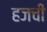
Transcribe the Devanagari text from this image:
हजची